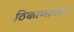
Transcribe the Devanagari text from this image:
ठिकाणांवरून